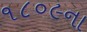
૧૮૦૯ના